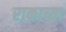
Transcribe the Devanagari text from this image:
राकाच्या